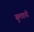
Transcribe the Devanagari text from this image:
बुलवायी